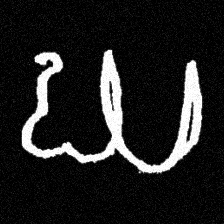
Pyu character \u2014 Myanmar letter: ဃ (romanized: gha)